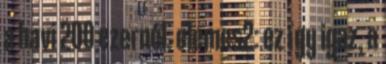
a havi 200 ezernél. elemes2: ez így igaz, a